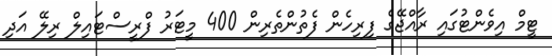
ޓީމް އިވެންޓުގައި ރާއްޖޭގެ ފިރިހެން ފެތުންތެރިން 400 މީޓަރު ފްރީސްޓައިލް ރިލޭ އަދި